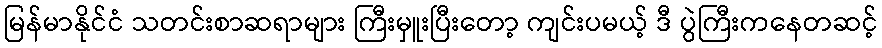
မြန်မာနိုင်ငံ သတင်းစာဆရာများ ကြီးမှူးပြီးတော့ ကျင်းပမယ့် ဒီ ပွဲကြီးကနေတဆင့်